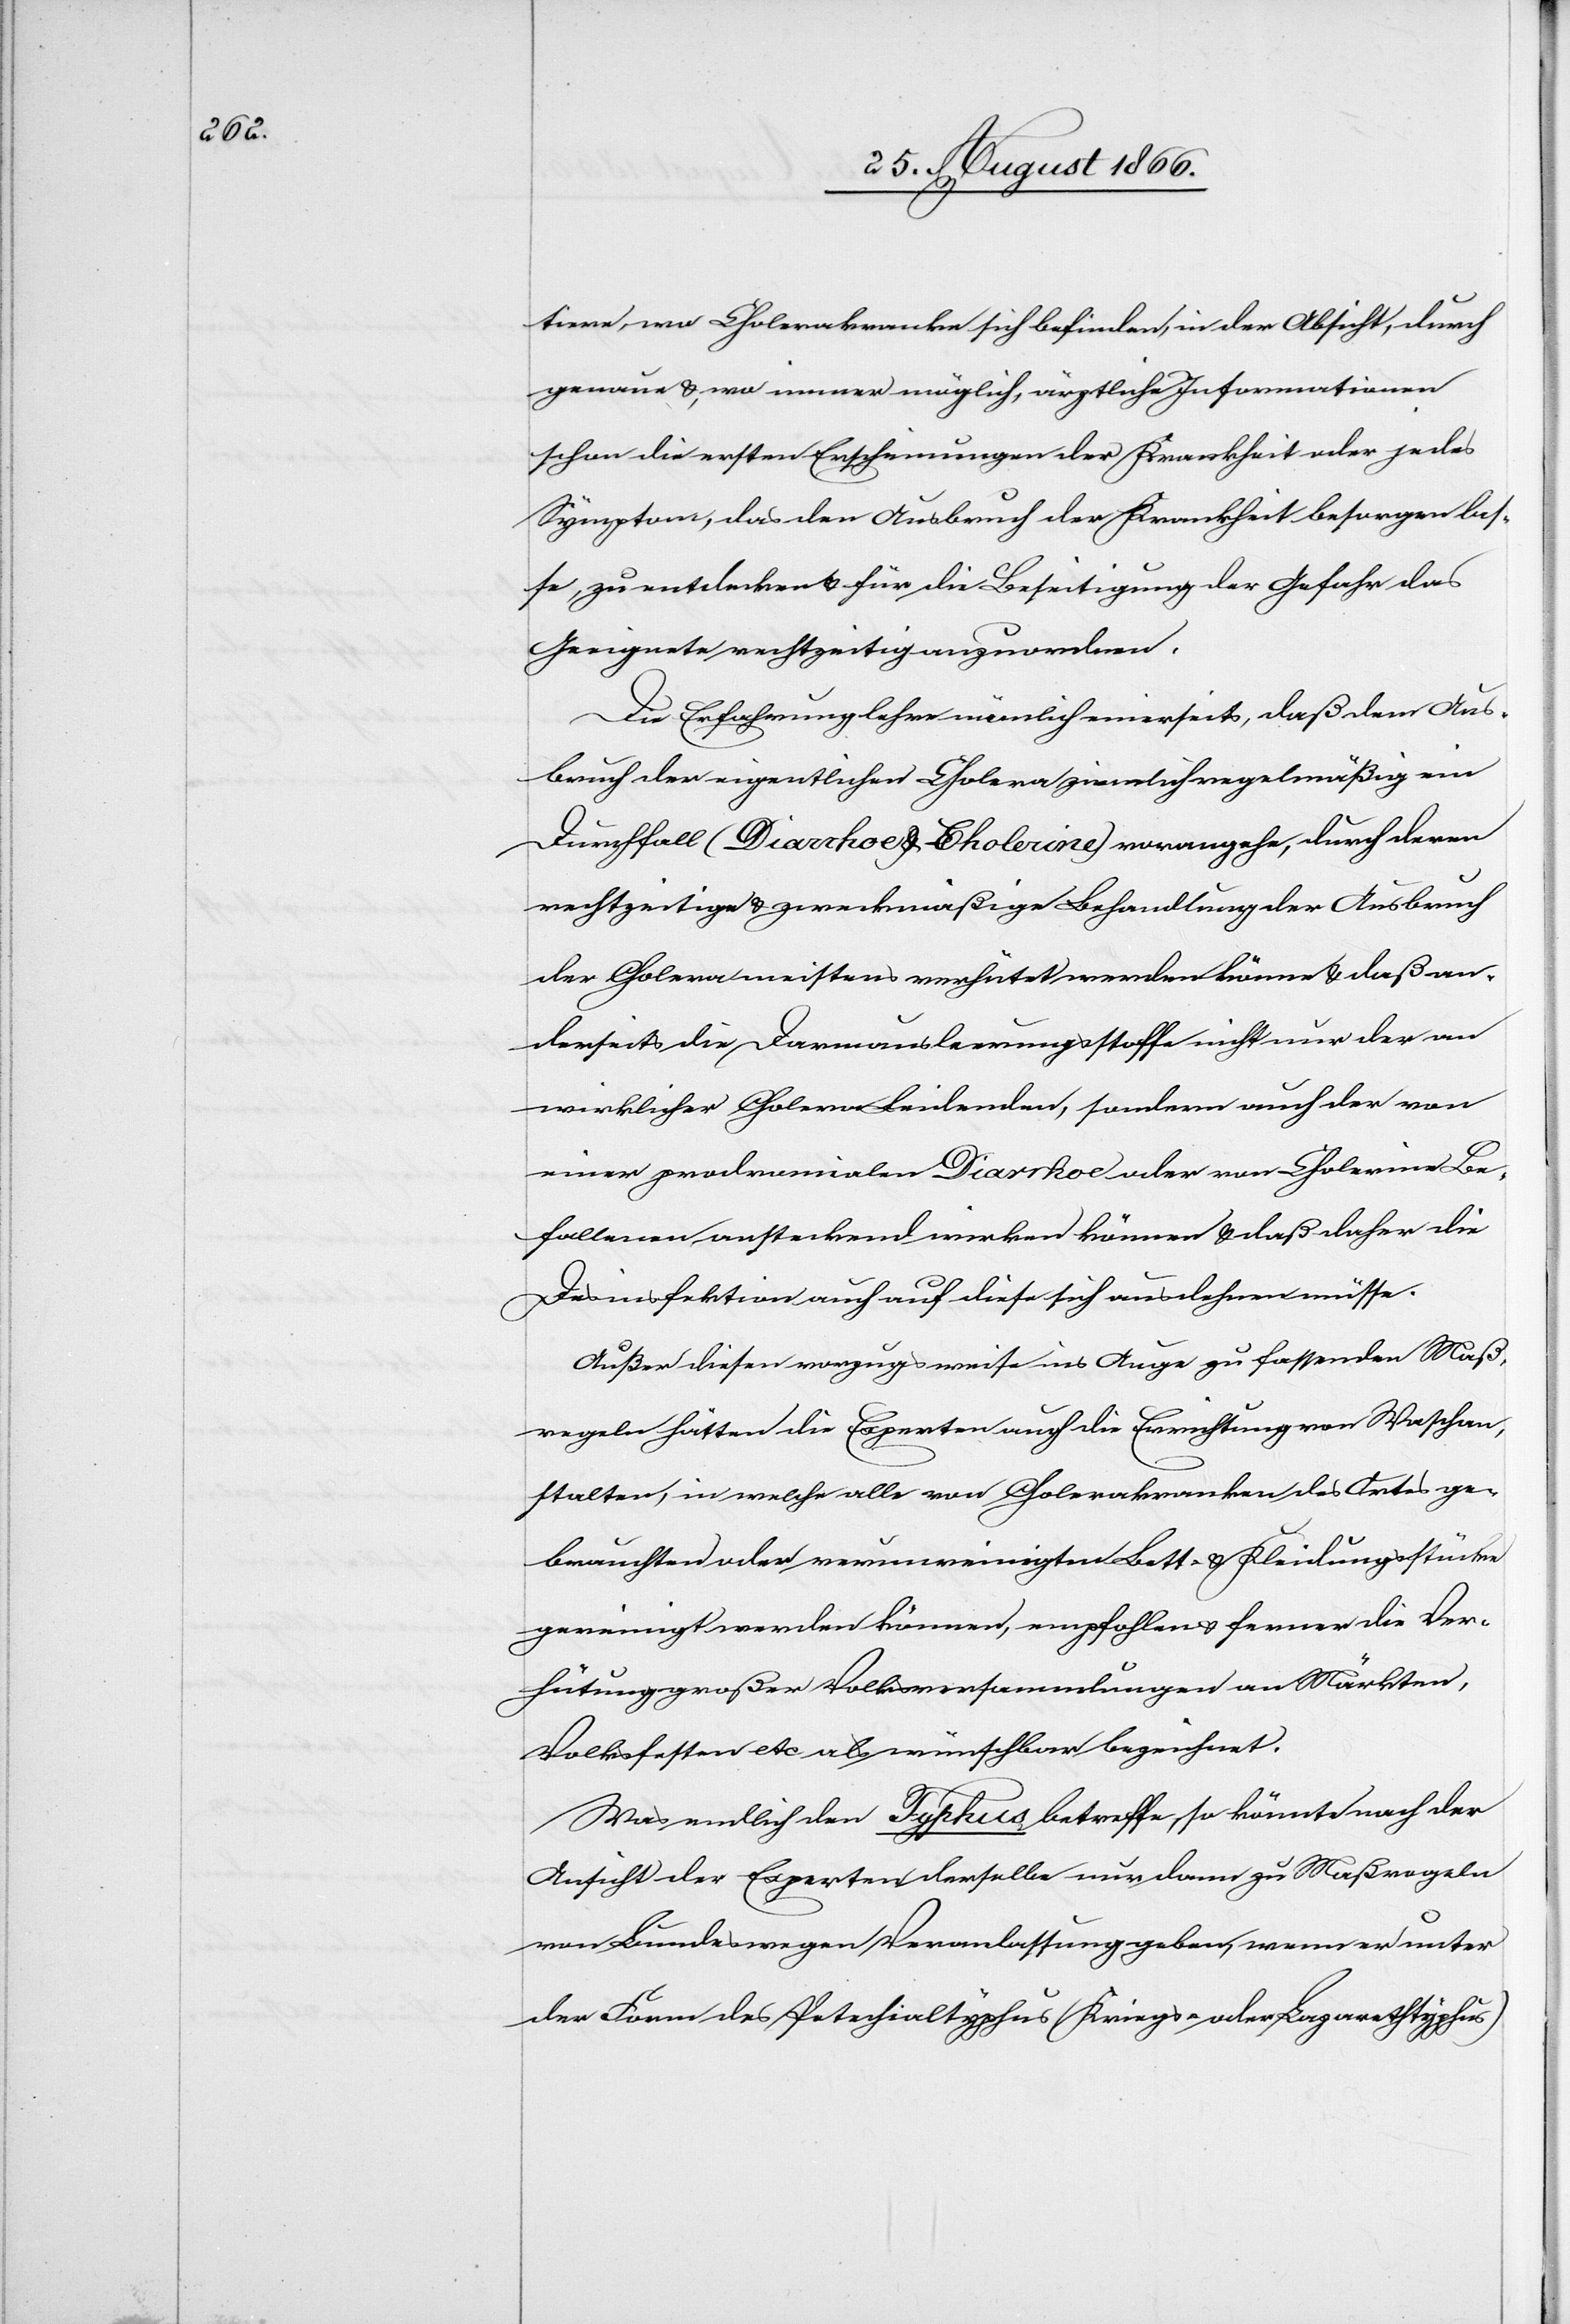
tiere, wo Cholerakranke sich befinden, in der Absicht, durch
genaue u. wo immer möglich, ärztliche Informationen
schon die ersten Erscheinungen der Krankheit oder jedes
Symptoms, das den Ausbruch der Krankheit besorgen las¬
se, zu entdecken u. für die Beseitigung der Gefahr das
Geeignete rechtzeitig anzuordnen.
Die Erfahrung lehre nämlich einerseits, daß dem Aus¬
bruch der eigentlichen Cholera ziemlich regelmäßig ein
Durchfall (Diarrhoe u. Cholerine) vorangehe, durch deren
rechtzeitige u. zweckmäßige Behandlung der Ausbruch
der Cholera meistens verhütet werden könne u. daß an¬
derseits die Darmausleerungsstoffe nicht nur den an
wirklicher Cholera Leidenden, sondern auch der von
einer prodromialen Diarrhoe oder von Cholerine Be¬
fallenen ansteckend einwirken können u. daß daher die
Desinfektion auch auf diese sich ausdehnen müsse.
Außer diesen vorzugsweise ins Auge zu fassenden Maß¬
regeln hätten die Experten auch die Errichtung von Waschan¬
stalten, in welche[n] alle von Cholerakranken des Ortes ge¬
brauchten oder verunreinigten Bett- u. Kleidungsstücke
gereinigt werden können, empfohlen u. ferner die Ver¬
hütung großer Volksversammlungen an Märkten,
Volksfesten etc. als wünschbar bezeichnet.
Was endlich den Typhus betreffe, so könnte nach der
Ansicht der Experten derselbe nur dann zu Maßregeln
von Bundeswegen Veranlassung geben, wenn er unter
der Form des Peterchialtyphus (Kriegs- oder Lazarethtyphus)